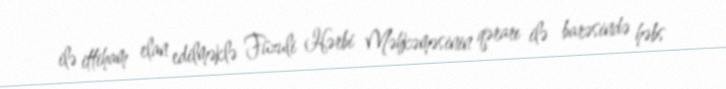
ilə ittiham elan edilməklə Füzuli Hərbi Məhkəməsinin qərarı ilə barəsində həbs